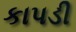
કાપડી